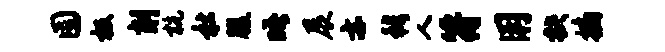
囿极削杭社腹晤展亦穆人符用抉摘